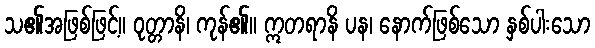
သ၏အဖြစ်ဖြင့်။ ဝုတ္တာနိ၊ ကုန်၏။ ဣတရာနိ ပန၊ နောက်ဖြစ်သော နှစ်ပါးသော